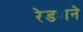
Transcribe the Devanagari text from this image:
रेड्याने